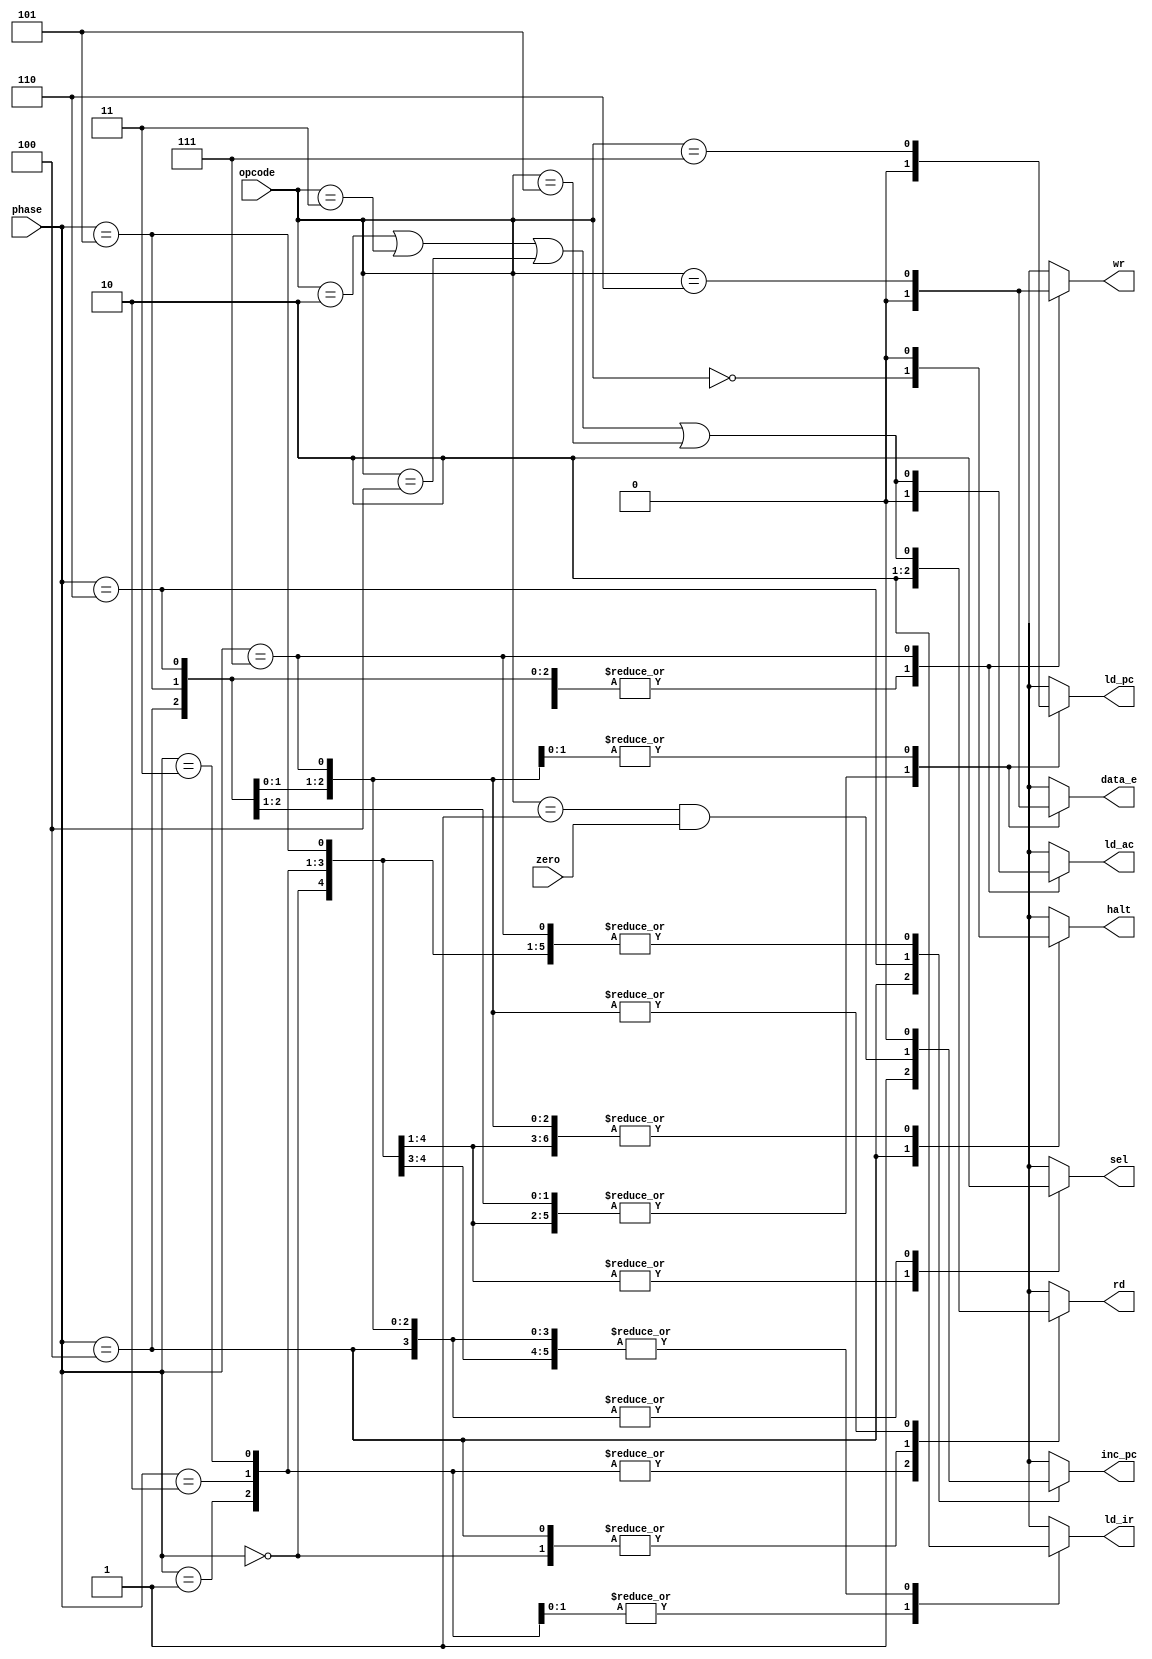
module controller
(
  input  wire       zero,
  input  wire [2:0] phase,
  input  wire [2:0] opcode,
  output reg        sel,
  output reg        rd,
  output reg        ld_ir,
  output reg        halt,
  output reg        inc_pc,
  output reg        ld_ac,
  output reg        wr,
  output reg        ld_pc,
  output reg        data_e
);

  localparam HLT=0, SKZ=1, ADD=2, AND=3, XOR=4, LDA=5, STO=6, JMP=7;
  localparam INST_ADDR=0, INST_FETCH=1, INST_LOAD=2, IDLE=3, OP_ADDR=4, OP_FETCH=5, ALU_OP=6, STORE=7;

  reg INTER_ALUOP, INTER_HALT, INTER_JMP, INTER_SKZ, INTER_STO;

  always @*
    begin
      INTER_ALUOP = ( opcode == ADD || opcode == AND || opcode == XOR || opcode == LDA );
      INTER_HALT  = ( opcode == HLT );
      INTER_SKZ   = ( opcode == SKZ && zero );
      INTER_JMP   = ( opcode == JMP );
      INTER_STO   = ( opcode == STO );
      case ( phase )
        INST_ADDR  : begin sel=1; rd=0; ld_ir=0; halt=0; inc_pc=0; ld_ac=0; ld_pc=0; wr=0; data_e=0; end
        INST_FETCH : begin sel=1; rd=1; ld_ir=0; halt=0; inc_pc=0; ld_ac=0; ld_pc=0; wr=0; data_e=0; end
        INST_LOAD  : begin sel=1; rd=1; ld_ir=1; halt=0; inc_pc=0; ld_ac=0; ld_pc=0; wr=0; data_e=0; end
        IDLE       : begin sel=1; rd=1; ld_ir=1; halt=0; inc_pc=0; ld_ac=0; ld_pc=0; wr=0; data_e=0; end
        OP_ADDR    : begin sel=0; rd=0; ld_ir=0; halt=INTER_HALT; inc_pc=1; ld_ac=0; ld_pc=0; wr=0; data_e=0; end
        OP_FETCH   : begin sel=0; rd=INTER_ALUOP; ld_ir=0; halt=0; inc_pc=0; ld_ac=0; ld_pc=0; wr=0; data_e=0; end
        ALU_OP     : begin sel=0; rd=INTER_ALUOP; ld_ir=0; halt=0; inc_pc=INTER_SKZ; ld_ac=0; ld_pc=INTER_JMP; wr=0; data_e=INTER_STO; end
        STORE      : begin sel=0; rd=INTER_ALUOP; ld_ir=0; halt=0; inc_pc=0; ld_ac=INTER_ALUOP; ld_pc=INTER_JMP; wr=INTER_STO; data_e=INTER_STO; end
      endcase
    end
endmodule